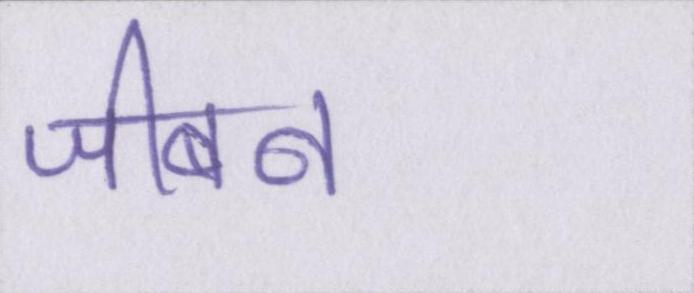
जीबन